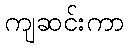
ကျဆင်းကာ